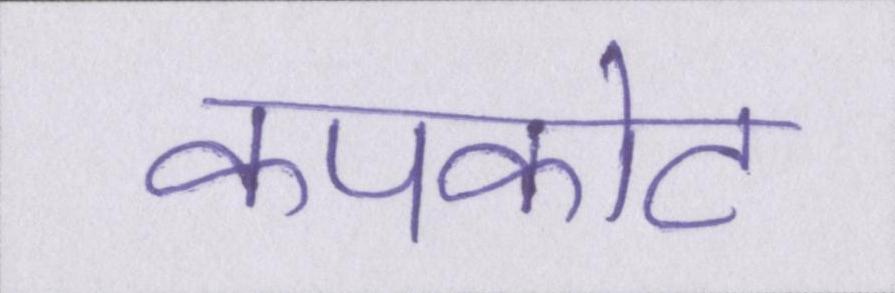
कपकोट